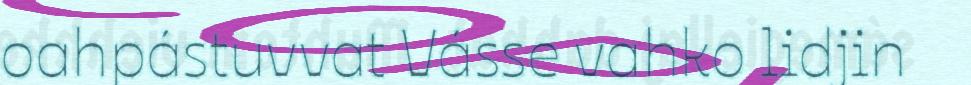
oahpástuvvat Vásse vahko lidjin